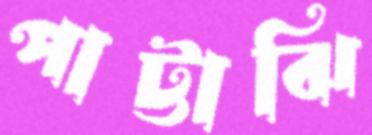
পাট্টাঝি